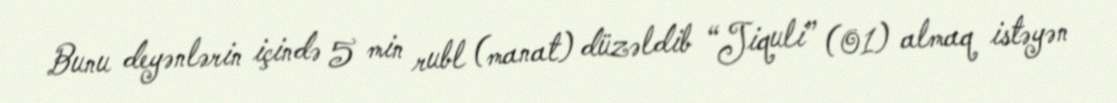
Bunu deyənlərin içində 5 min rubl (manat) düzəldib “Jiquli” (01) almaq istəyən